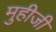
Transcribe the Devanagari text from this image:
मुहीजी